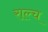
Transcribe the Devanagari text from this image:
राल्च